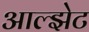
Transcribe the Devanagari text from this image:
आल्झेट